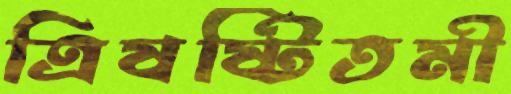
ত্রিষষ্টিতমী